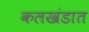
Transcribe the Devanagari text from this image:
कलखंडात